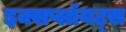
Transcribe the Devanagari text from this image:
इक्सप्लॉयट्स